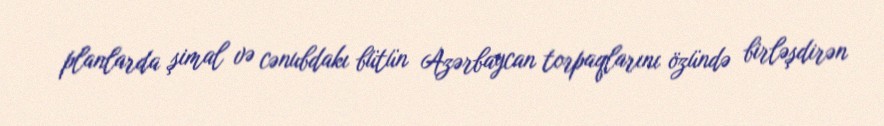
planlarda şimal və cənubdakı bütün Azərbaycan torpaqlarını özündə birləşdirən